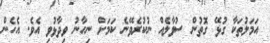
އަމަލުތަކާ ގުޅޭ ގޮތުން ސުވާލެއް ނުކުރެވޭނެ ކަމަށް ނިހާނު ވިދާޅުވި އެވެ. އެހެން